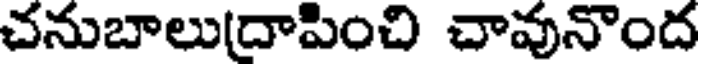
చనుబాలు(దాపించి చావునొంద